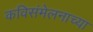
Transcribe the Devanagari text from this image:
कविसंमेलनाच्या